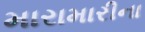
મારામારીના